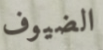
الضيوف